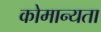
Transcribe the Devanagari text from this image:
कोमान्यता